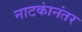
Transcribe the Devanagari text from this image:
नाटकांनंतर